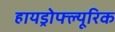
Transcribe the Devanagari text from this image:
हायड्रोफ्ल्यूरिक